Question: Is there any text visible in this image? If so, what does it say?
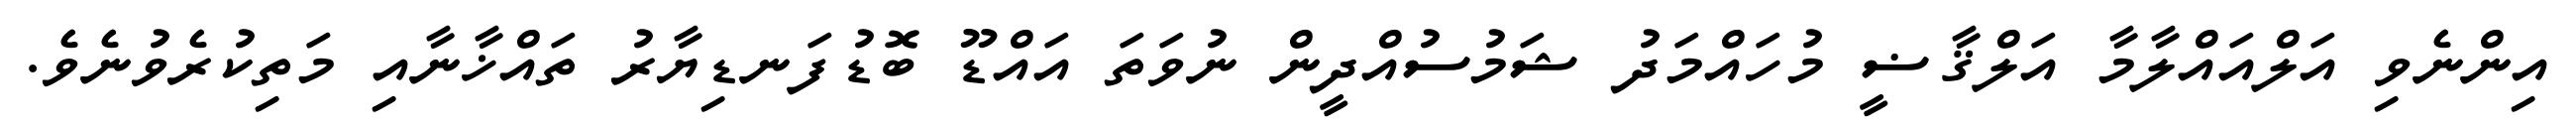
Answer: އިންނެވި އަލްއައްލާމާ އަލްޤާޟީ މުހައްމަދު ޝަމުސުއްދީން ނުވަތަ އައްޑޫ ބޮޑުފަނޑިޔާރު ތައްޚާނާއި މަތިކުރެވުނެވެ.